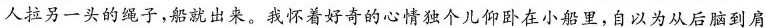
人拉另一头的绳子，船就出来。我怀着好奇的心情独个儿仰卧在小船里，自以为从后脑到肩